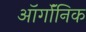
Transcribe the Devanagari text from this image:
ऑर्गॉनिक